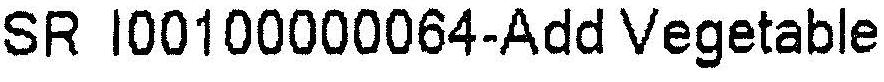
SR I00100000064-ADD VEGETABLE